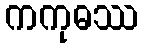
ကကုဓဿ